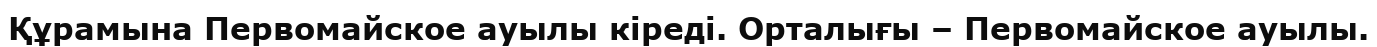
Құрамына Первомайское ауылы кіреді. Орталығы – Первомайское ауылы.